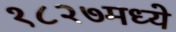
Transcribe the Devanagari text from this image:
१८२७मध्ये